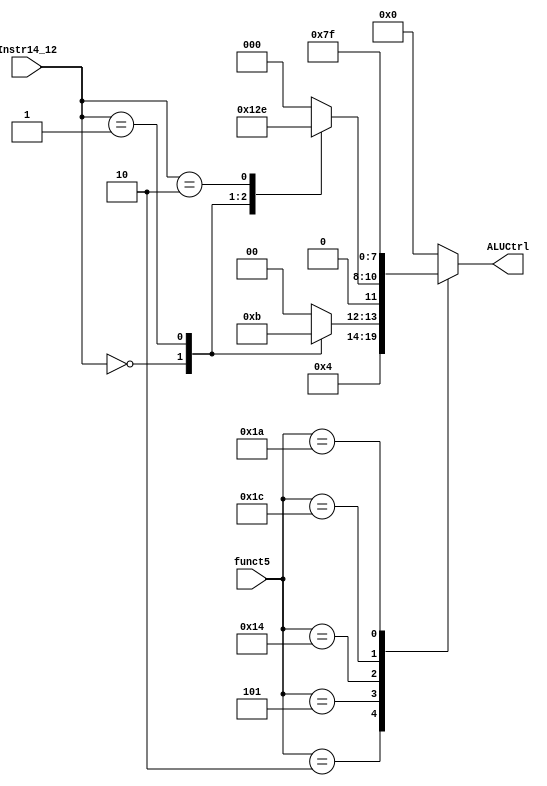
module fp_alu_decoder (funct5, Instr14_12, ALUCtrl);
    input [4:0] funct5;
    input [2:0] Instr14_12;
    output reg [3:0] ALUCtrl;
    ///////////////////////////////////////////////////
    always @(*) begin
        case (funct5)
            5'b00000, 5'b00001: ALUCtrl = 4'b0000;      //ADD, SUB    
            5'b00010: ALUCtrl = 4'b0001;                //MUL
            5'b00101: 
                    case (Instr14_12)
                        4'b000: ALUCtrl = 4'b0010;       //MIN
                        4'b001: ALUCtrl = 4'b0011;       //MAX
                        default: ALUCtrl = 4'b0;
                    endcase
            5'b10100: 
                    case (Instr14_12)
                        4'b000: ALUCtrl = 4'b0100;       //LEQ
                        4'b001: ALUCtrl = 4'b0101;       //LT
                        4'b010: ALUCtrl = 4'b0110;       //EQ
                        default: ALUCtrl = 4'b0;
                    endcase
            5'b11100: ALUCtrl = 4'b0111;                 //CLASS
            5'b11010: ALUCtrl = 4'b1111;                 //CVT.S.W
            default:  ALUCtrl = 4'b0;
        endcase
    end
endmodule